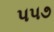
૫૫૭